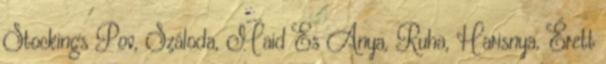
Stockings Pov, Száloda, Maid Es Anya, Ruha, Harisnya, Érett